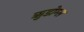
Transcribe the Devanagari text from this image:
ऋुडोम्स